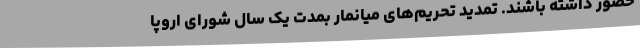
حضور داشته باشند. تمدید تحریم‌های میانمار بمدت یک سال شورای اروپا